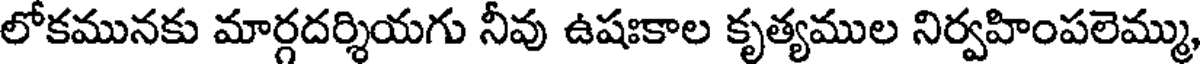
లోకమునకు మార్గదర్శియగు నీవు ఉషఃకాల కృత్యముల నిర్వహింపలెమ్ము,